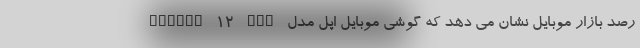
رصد بازار موبایل نشان می دهد که گوشی موبایل اپل مدل iPhone 12 Pro